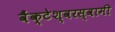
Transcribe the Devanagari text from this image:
वैंक्टेश्वरस्वामी